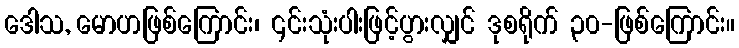
ဒေါသ, မောဟဖြစ်ကြောင်း၊ ၎င်းသုံးပါးဖြင့်ပွားလျှင် ဒုစရိုက် ၃၀-ဖြစ်ကြောင်း။